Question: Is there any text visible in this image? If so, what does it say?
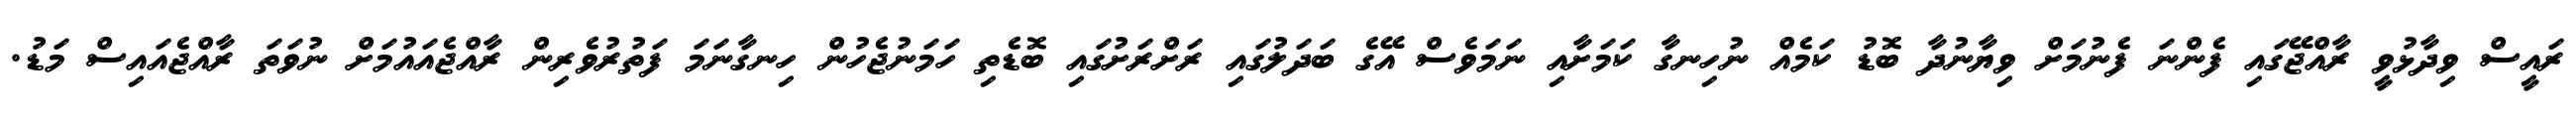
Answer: ރައީސް ވިދާޅުވީ ރާއްޖޭގައި ފެންނަ ފެނުމަށް ވިޔާނުދާ ބޮޑު ކަމެއް ނުހިނގާ ކަމަށާއި ނަމަވެސް އޭގެ ބަދަލުގައި ރަށްރަށުގައި ބޮޑެތި ހަމަނުޖެހުން ހިނގާނަމަ ފަތުރުވެރިން ރާއްޖެއައުމަށް ނުވަތަ ރާއްޖެއައިސް މަޑު.